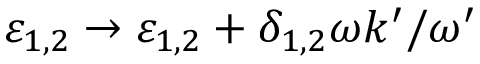
\varepsilon _ { 1 , 2 } \to \varepsilon _ { 1 , 2 } + \delta _ { 1 , 2 } \omega k ^ { \prime } / \omega ^ { \prime }